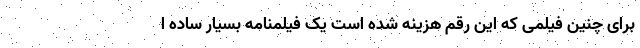
برای چنین فیلمی که این رقم هزینه شده است یک فیلمنامه بسیار ساده ا